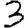
Digit: 3